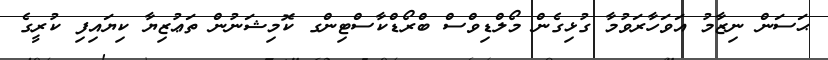
ޙަސަން ނިޒާމު އަވަހާރަވުމާ ގުޅިގެން މޯލްޑިވްސް ބްރޯޑްކާސްޓިންގ ކޮމިޝަނުން ތަޢުޒިޔާ ކިޔައިފި ކުރީގެ